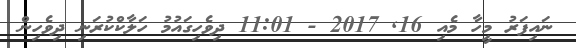
ނައިފަރު މީހާ މެއި 16